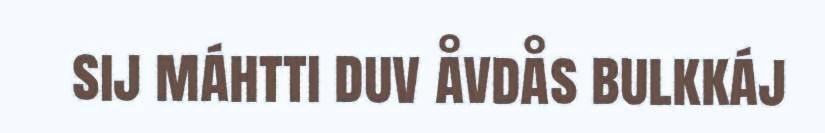
sij máhtti duv åvdås bulkkáj